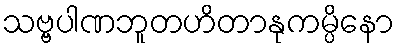
သဗ္ဗပါဏဘူတဟိတာနုကမ္ပိနော